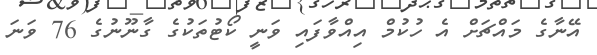
އޭނާގެ މައްޗަށް އެ ހުކުމް އިއްވާފައި ވަނީ ކޯޓުތަކުގެ ގާނޫނުގެ 76 ވަނަ